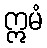
ဣမံ